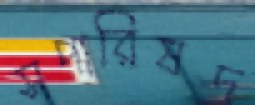
সপারিষদ